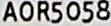
AOR5058